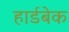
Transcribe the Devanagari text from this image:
हार्डबेक